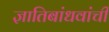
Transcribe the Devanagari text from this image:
ज्ञातिबांधवांची